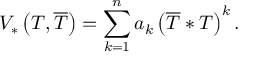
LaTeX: V _ { * } \left( T , \overline { { { T } } } \right) = \sum _ { k = 1 } ^ { n } a _ { k } \left( \overline { { { T } } } * T \right) ^ { k } .